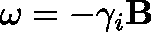
\mathbf { \omega } = - \gamma _ { i } \mathbf { B }